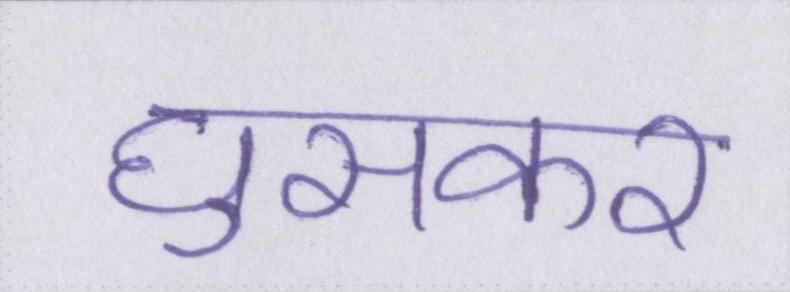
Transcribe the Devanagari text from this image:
घुसकर